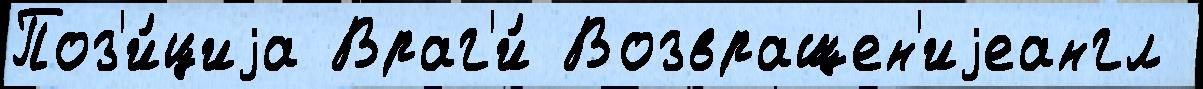
Поз'и́циjа Враг'и́ Возвращен'иjеангл